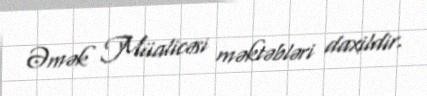
Əmək Müalicəsi məktəbləri daxildir.